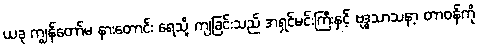
ယခု ကျွန်တော်မ နားတောင်း ရေသို့ ကျခြင်းသည် အရှင်မင်းကြီးနှင့် ဗုဒ္ဓသာသနာ့ တာဝန်ကို